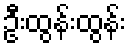
ဦးထွန်းထွန်း